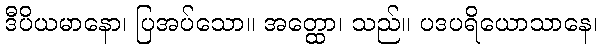
ဒီပိယမာနော၊ ပြအပ်သော။ အတ္ထော၊ သည်။ ပဒပရိယောသာနေ၊